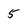
Character: 5